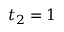
t _ { 2 } = 1